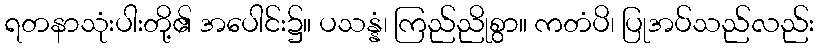
ရတနာသုံးပါးတို့၏ အပေါင်း၌။ ပသန္နံ၊ ကြည်ညိုစွာ။ ကတံပိ၊ ပြုအပ်သည်လည်း